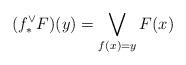
LaTeX: \begin{align*} (f_*^\vee F)(y) = \bigvee_{f(x)=y} F(x)\end{align*}